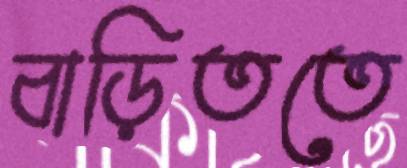
বাড়িততে